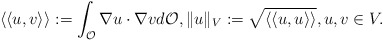
\begin{align*}\langle\langle u,v \rangle\rangle := \int_{\mathcal{O}} \nabla u \cdot \nabla v d\mathcal{O}, \lVert u \rVert_V := \sqrt{\langle\langle u,u \rangle\rangle }, u,v \in V.\end{align*}